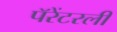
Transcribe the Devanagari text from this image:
पॅरेंटरली